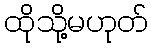
ထိုသို့မဟုတ်